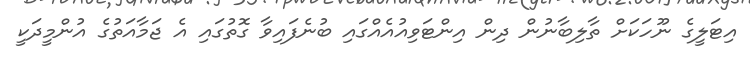
އިޓަލީގެ ނޫހަކަށް ތާލިބާނުން ދިން އިންޓަވިއުއެއްގައި ބުނެފައިވާ ގޮތުގައި އެ ޖަމާއަތުގެ އުންމީދަކީ